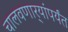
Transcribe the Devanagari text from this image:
चालवणार्‍यांपर्यंत